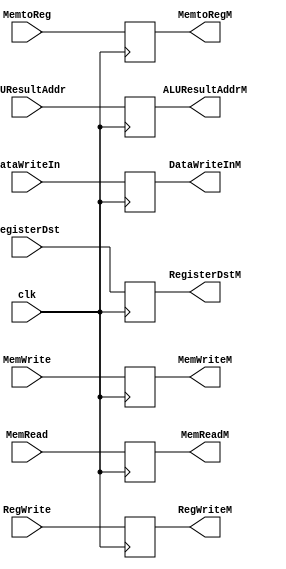
`timescale 1ns / 1ps
//////////////////////////////////////////////////////////////////////////////////
// Company: 
// Engineer: 
// 
// Design Name: 
// Module Name: EX_MEM
// Project Name: 
// Target Devices: 
// Tool Versions: 
// Description: 
// 
// Dependencies: 
// 
// Revision:
// Revision 0.01 - File Created
// Additional Comments:
// 
//////////////////////////////////////////////////////////////////////////////////


module EX_MEM(input clk,
             input MemRead,MemtoReg,MemWrite
             ,RegWrite,
             input [31:0] ALUResultAddr,DataWriteIn,
             input[4:0] RegisterDst,
             
             output reg MemReadM,MemtoRegM,MemWriteM
             ,RegWriteM,
             output reg [31:0] ALUResultAddrM,DataWriteInM,
             output reg [4:0] RegisterDstM);
             
             initial begin
             MemReadM<=1'b0;
             MemtoRegM<=1'b0;
             MemWriteM<=1'b0;
             RegWriteM<=1'b0;
             ALUResultAddrM<=32'b00000000000000000000000000000000;
             DataWriteInM<=32'b00000000000000000000000000000000;
             RegisterDstM<=5'b00000;             
             end

             always @(posedge clk) begin
                 MemReadM<=MemRead;
                 MemtoRegM<=MemtoReg;
                 MemWriteM<=MemWrite;
                 RegWriteM<=RegWrite;
                 ALUResultAddrM<=ALUResultAddr;
                 DataWriteInM=DataWriteIn;
                 RegisterDstM<=RegisterDst;
 //                end
                 end                           

endmodule